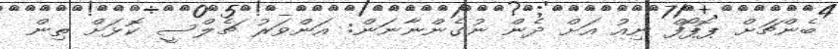
ބެންޗަށް ޕޮޕޯފް ނިއު އަށް ދެން ނުގެންނާނަން: އަންވަރު ޗެލްސީ ކޮޅަށް ތިން